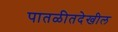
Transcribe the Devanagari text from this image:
पातळीतदेखील